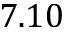
7 . 1 0